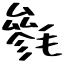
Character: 毿